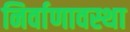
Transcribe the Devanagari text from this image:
निर्वाणावस्था